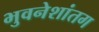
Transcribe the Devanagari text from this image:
भुवनेशांतग